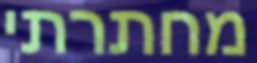
מחתרתי